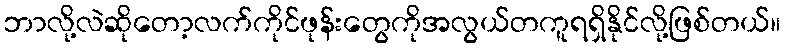
ဘာလို့လဲဆိုတော့လက်ကိုင်ဖုန်းတွေကိုအလွယ်တကူရရှိနိုင်လို့ဖြစ်တယ်။